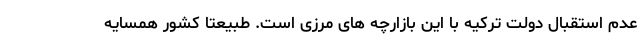
عدم استقبال دولت ترکیه با این بازارچه های مرزی است. طبیعتا کشور همسایه